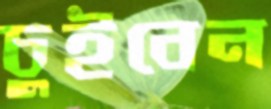
চুইবেন